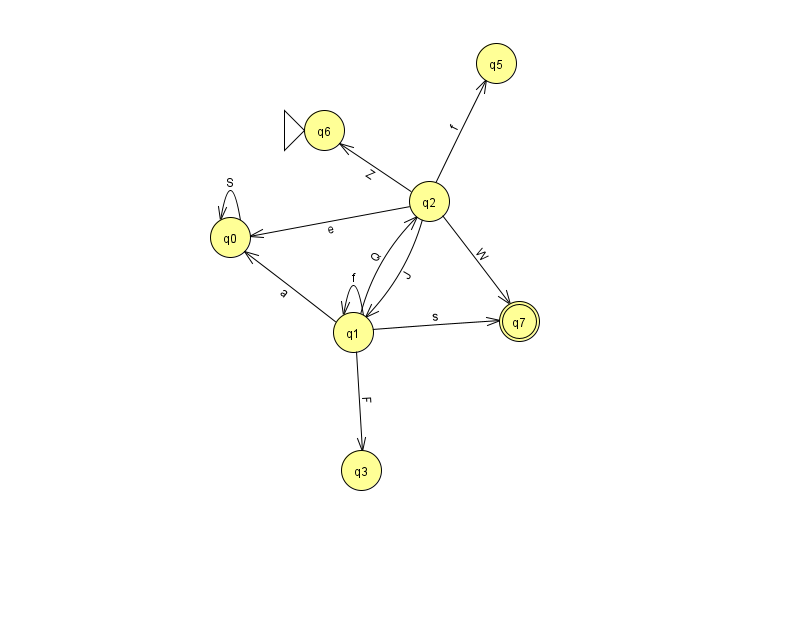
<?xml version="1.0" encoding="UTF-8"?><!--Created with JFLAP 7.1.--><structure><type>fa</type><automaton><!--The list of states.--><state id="0" name="q0"><x>230.0</x><y>224.0</y></state><state id="1" name="q1"><x>353.0</x><y>319.0</y></state><state id="2" name="q2"><x>429.0</x><y>188.0</y></state><state id="3" name="q3"><x>361.0</x><y>457.0</y></state><state id="5" name="q5"><x>496.0</x><y>50.0</y></state><state id="6" name="q6"><x>324.0</x><y>117.0</y><initial/></state><state id="7" name="q7"><x>519.0</x><y>308.0</y><final/></state><!--The list of transitions.--><transition><from>0</from><to>0</to><read>S</read></transition><transition><from>1</from><to>3</to><read>F</read></transition><transition><from>1</from><to>0</to><read>a</read></transition><transition><from>1</from><to>2</to><read>Q</read></transition><transition><from>2</from><to>6</to><read>Z</read></transition><transition><from>2</from><to>0</to><read>e</read></transition><transition><from>1</from><to>1</to><read>f</read></transition><transition><from>2</from><to>5</to><read>f</read></transition><transition><from>2</from><to>7</to><read>W</read></transition><transition><from>1</from><to>7</to><read>s</read></transition><transition><from>2</from><to>1</to><read>J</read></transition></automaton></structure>